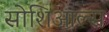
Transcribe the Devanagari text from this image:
सोशिआल्स